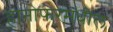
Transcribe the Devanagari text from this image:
हानोफरमधील